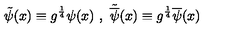
\tilde { \psi } ( x ) \equiv { g } ^ { \frac { 1 } { 4 } } \psi ( x ) \ , \ \tilde { \overline { { \psi } } } ( x ) \equiv { g } ^ { \frac { 1 } { 4 } } \overline { { \psi } } ( x )